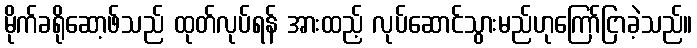
မိုက်ခရိုဆော့ဖ်သည် ထုတ်လုပ်ရန် အားထည့် လုပ်ဆောင်သွားမည်ဟုကြော်ငြာခဲ့သည်။